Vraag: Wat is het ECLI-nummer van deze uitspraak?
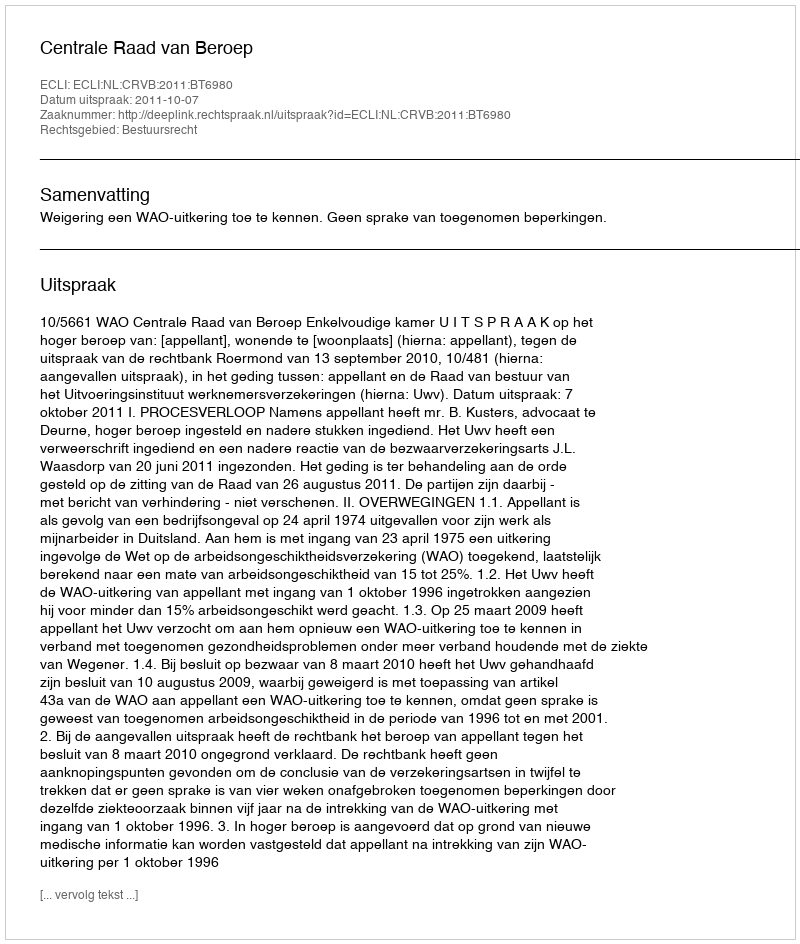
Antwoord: ECLI:NL:CRVB:2011:BT6980